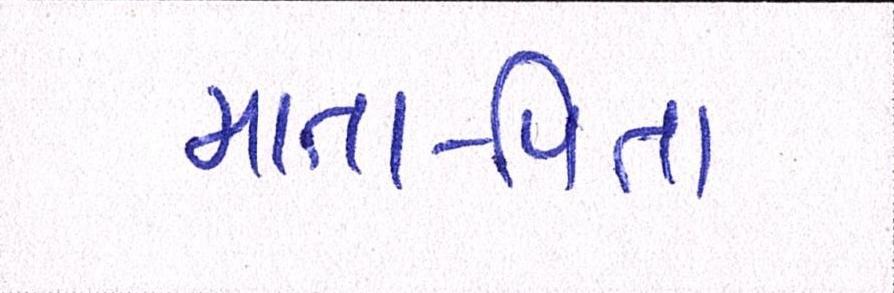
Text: માતા-પિતા